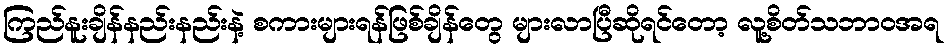
ကြည်နူးချိန်နည်းနည်းနဲ့ စကားများရန်ဖြစ်ချိန်တွေ များလာပြီဆိုရင်တော့ လူ့စိတ်သဘာဝအရ